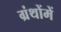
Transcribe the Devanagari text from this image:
ग्रंथोंमें